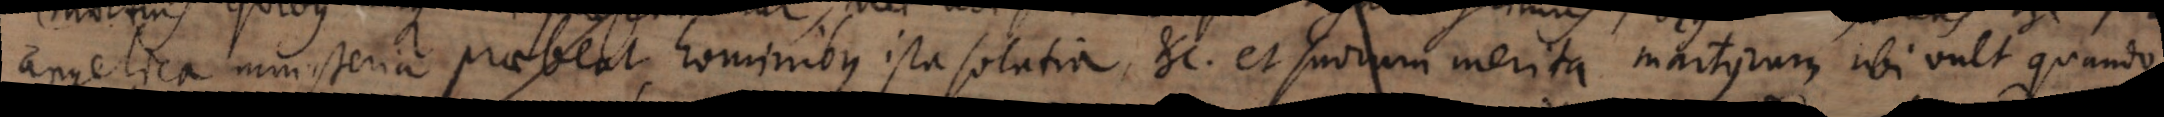
angelica ministeria praebeat, hominibus ista solatia, etc. et suorum merita martyrum ubi vult quando